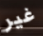
غير